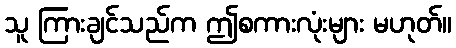
သူ ကြားချင်သည်က ဤစကားလုံးများ မဟုတ်။